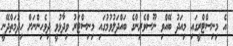
އެ މިނިސްޓްރީގައި މިއަދު ބޭއްވި ނޫސްވެރިންގެ ބައްދަލުވުމުގައި މިނިސްޓަރު ވިދާޅުވީ ދިވެހިންނަށް ހިދުމަތްދޭނީ